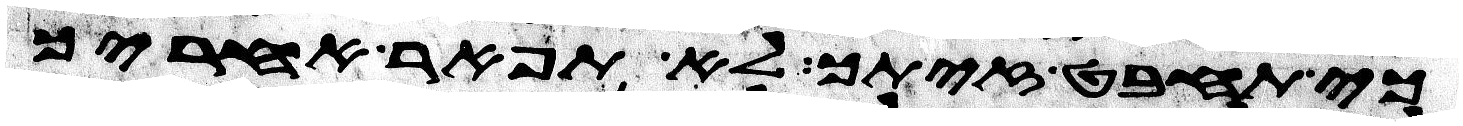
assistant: כי תחבט זיתך לא תפאר אחריך